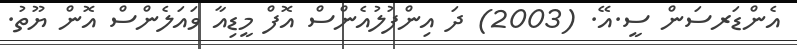
އެންޑަރސަން ސީ.އޭ. (2003) ދަ އިންފުލުއެންސް އޮފް މީޑިއާ ވައަލެންސް އޮން ޔޫތު.